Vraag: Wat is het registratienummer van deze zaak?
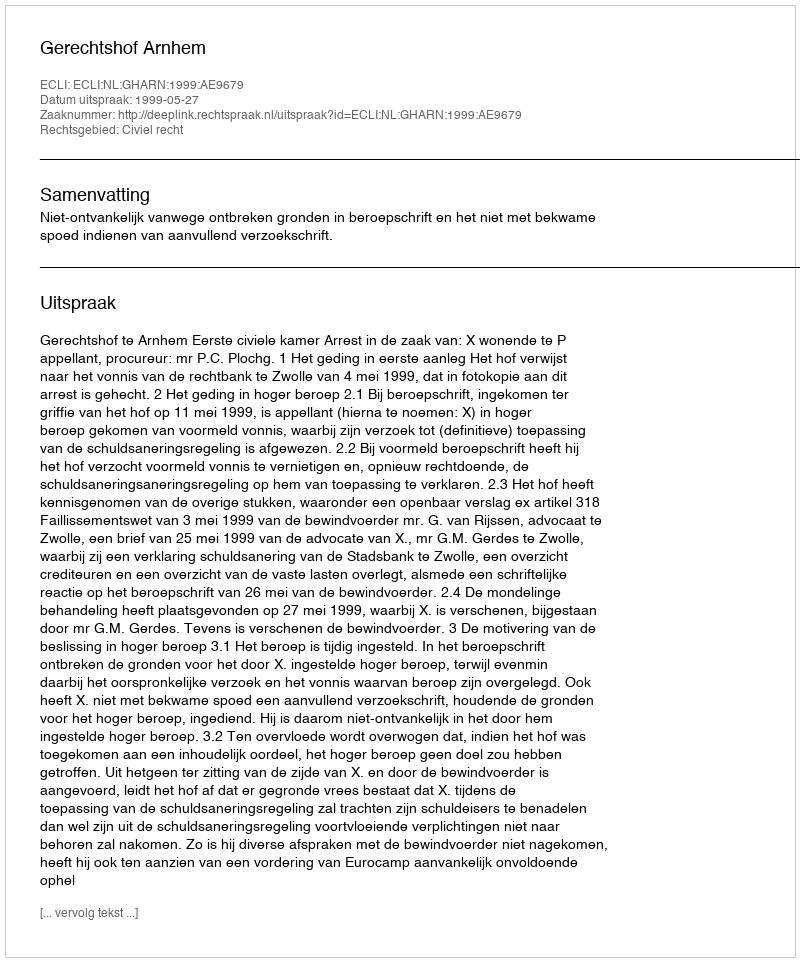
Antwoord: http://deeplink.rechtspraak.nl/uitspraak?id=ECLI:NL:GHARN:1999:AE9679